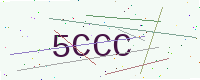
Text: 5CCC